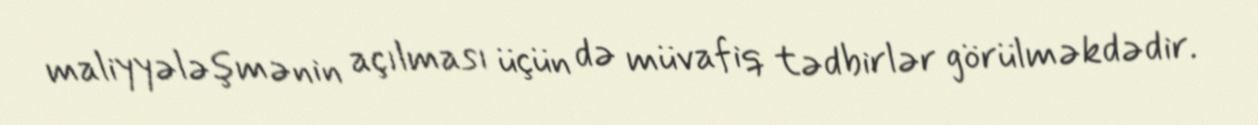
maliyyələşmənin açılması üçün də müvafiq tədbirlər görülməkdədir.